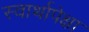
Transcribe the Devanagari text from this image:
स्वार्थापेक्षा